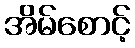
အိမ်စောင့်